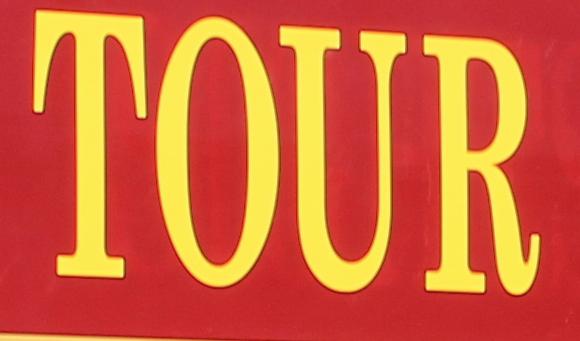
tour